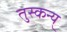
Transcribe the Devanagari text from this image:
तुस्कन्य्